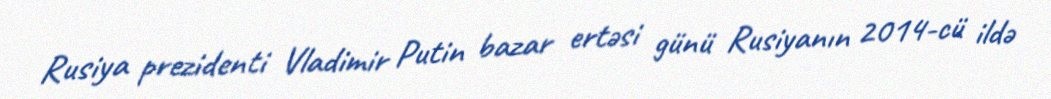
Rusiya prezidenti Vladimir Putin bazar ertəsi günü Rusiyanın 2014-cü ildə